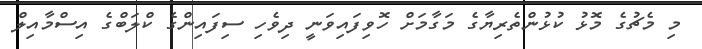
މި މެޗުގެ މޮޅު ކުޅުންތެރިޔާގެ މަގާމަށް ހޮވިފައިވަނީ ދިވެހި ސިފައިންގެ ކްލަބްގެ އިސްމާއިލް